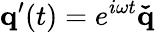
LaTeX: \mathbf{q}^{\prime}(t)=e^{i\omega t}\mathbf{\check{q}}